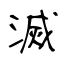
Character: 滅